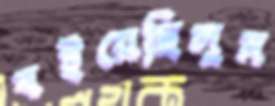
বইয়েছিলুম